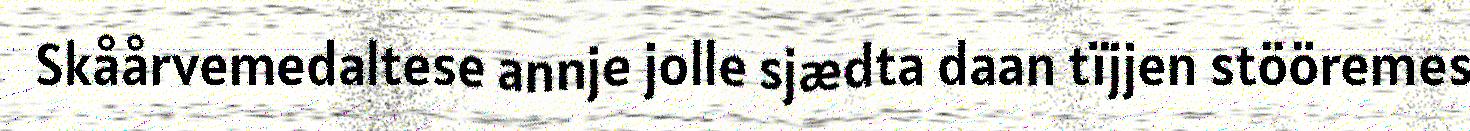
Skåårvemedaltese annje jolle sjædta daan tïjjen stööremes